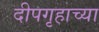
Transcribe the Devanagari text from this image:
दीपगृहाच्या